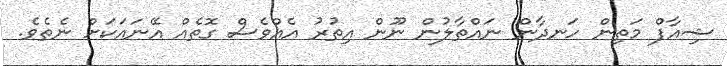
ޝިއާފް މަތިން ހަނދާން ނައްތާލުން ނޫން އިތުރު އެއްވެސް ގޮތެއް އޭނައަކަށް ނެތެވެ.